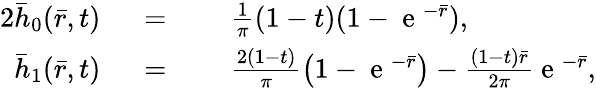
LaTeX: \begin{array}{rlrl}{{2}\bar{h}_{0}(\bar{r},t)}&{{}\; =}&{}&{{}\; \frac{1}{\pi}(1-t)(1-\mathrm{~e~}^{-\bar{r}}),}\\ {\bar{h}_{1}(\bar{r},t)}&{{}\; =}&{}&{{}\; \frac{2(1-t)}{\pi}\left(1-\mathrm{~e~}^{-\bar{r}}\right)-\frac{(1-t)\bar{r}}{2\pi}\mathrm{~e~}^{-\bar{r}},}\end{array}